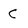
Character: C